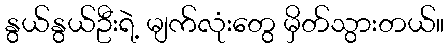
နွယ်နွယ်ဦးရဲ့ မျက်လုံးတွေ မှိတ်သွားတယ်။